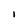
Character: i